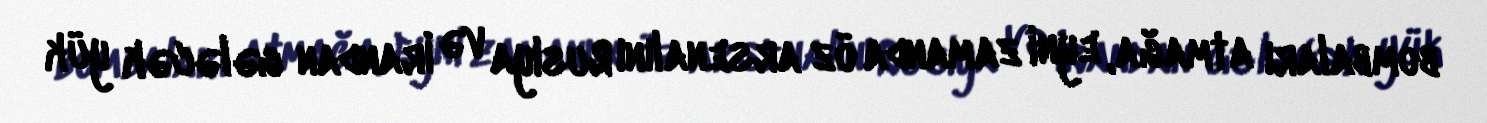
bombaları atmağa, eyni zamanda öz arsenalını Rusiya və İrandan gələcək yük